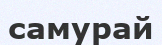
самурай